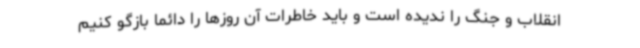
انقلاب و جنگ را ندیده است و باید خاطرات آن روزها را دائماً بازگو کنیم